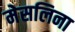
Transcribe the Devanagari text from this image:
मेसलिना